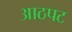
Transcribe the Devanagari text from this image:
आठपट